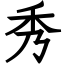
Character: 秀